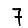
Digit: 7